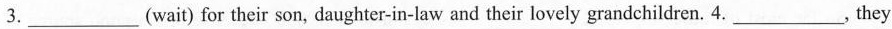
3.___(wait) for their son, daughter-in-law and their lovely grandchildren. 4.___, they